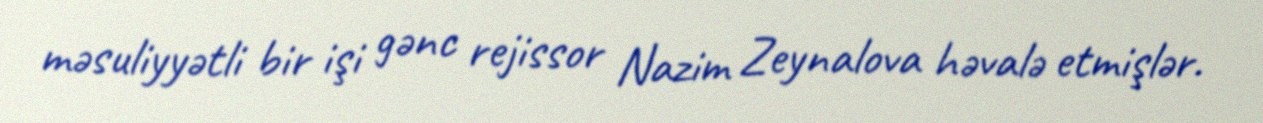
məsuliyyətli bir işi gənc rejissor Nazim Zeynalova həvalə etmişlər.